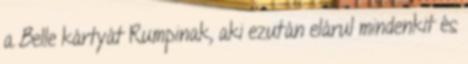
a Belle kártyát Rumpinak, aki ezután elárul mindenkit és